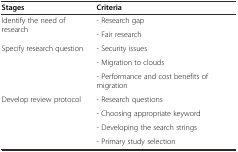
<table><thead><tr><td><b>Stages</b></td><td><b>Criteria</b></td></tr></thead><tbody><tr><td rowspan="2">Identify the need of research</td><td>- Research gap</td></tr><tr><td>- Fair research</td></tr><tr><td rowspan="3">Specify research question</td><td>- Security issues</td></tr><tr><td>- Migration to clouds</td></tr><tr><td>- Performance and cost benefits of migration</td></tr><tr><td rowspan="4">Develop review protocol</td><td>- Research questions</td></tr><tr><td>- Choosing appropriate keyword</td></tr><tr><td>- Developing the search strings</td></tr><tr><td>- Primary study selection</td></tr></tbody></table>